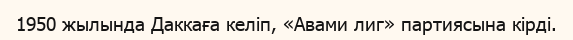
1950 жылында Даккаға келіп, «Авами лиг» партиясына кірді.